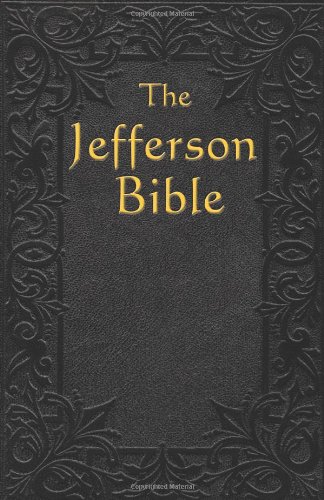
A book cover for The Jefferson Bible: The Life and Morals of Jesus of Nazareth; Thomas Jefferson; History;